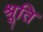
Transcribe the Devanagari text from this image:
श्रूति